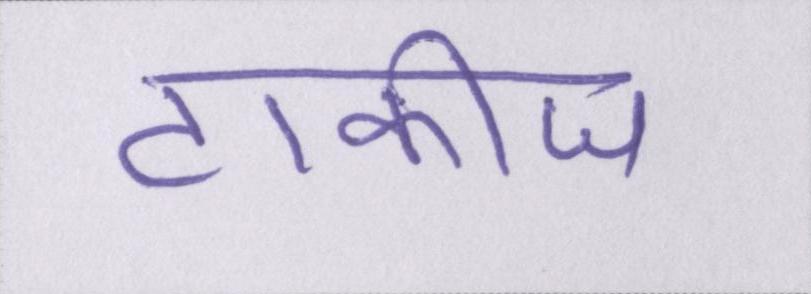
टाकीज